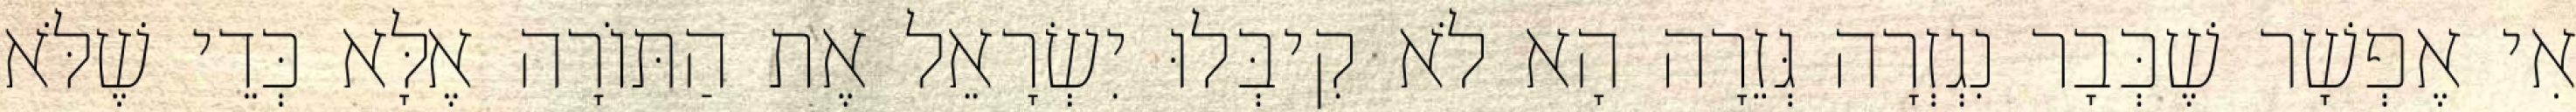
אִי אֶפְשָׁר שֶׁכְּבָר נִגְזְרָה גְּזֵרָה הָא לֹא קִיבְּלוּ יִשְׂרָאֵל אֶת הַתּוֹרָה אֶלָּא כְּדֵי שֶׁלֹּא